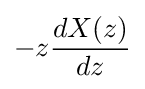
-z{\frac {dX(z)}{dz}}